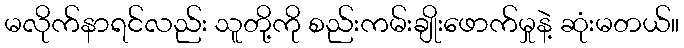
မလိုက်နာရင်လည်း သူတို့ကို စည်းကမ်းချိုးဖောက်မှုနဲ့ ဆုံးမတယ်။